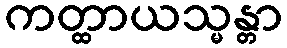
ကတ္ထာယသ္မန္တာ